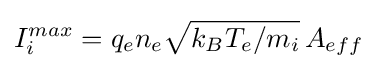
I_{i}^{max}=q_{e}n_{e}{\sqrt {k_{B}T_{e}/m_{i}}}\,A_{eff}